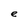
Character: e